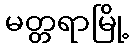
မတ္တရာမြို့